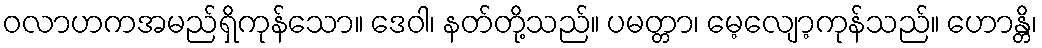
ဝလာဟကအမည်ရှိကုန်သော။ ဒေဝါ၊ နတ်တို့သည်။ ပမတ္တာ၊ မေ့လျော့ကုန်သည်။ ဟောန္တိ၊